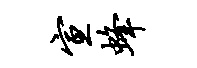
宣蜂